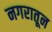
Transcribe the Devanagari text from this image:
नगरातून